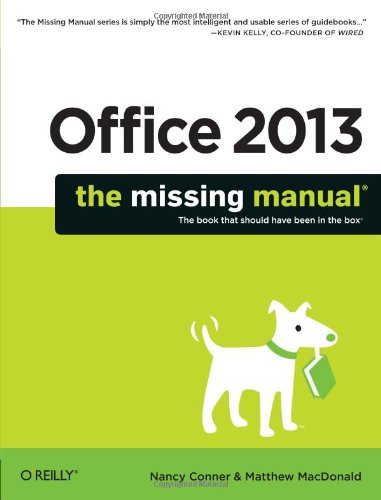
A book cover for Office 2013: The Missing Manual; Nancy Conner; Computers & Technology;